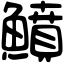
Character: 鱝